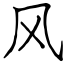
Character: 风